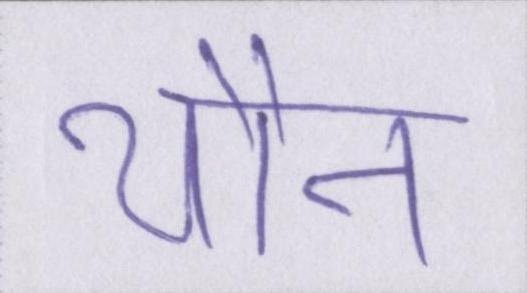
यौन